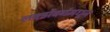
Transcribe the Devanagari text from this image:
लक्झेंबर्गमधून